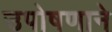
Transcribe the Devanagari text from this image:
उपोषणाने